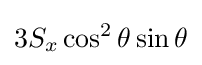
3S_{x}\cos ^{2}\theta \sin \theta